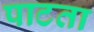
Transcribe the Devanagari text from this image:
पाटता